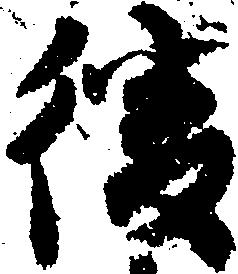
後